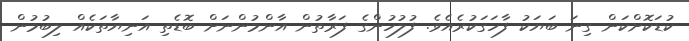
ކުޑަކޮށްކަން ގިނަ ބަޔަކު ފާހަގަކުރެއެވެ. ފުލުހުންގެ ފަރާތުން އާންމުންނަށް ބޮޑެތި އަނިޔާތަކެއް ލިބުމުން